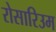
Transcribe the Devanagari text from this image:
रोसारिउम